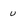
Character: u